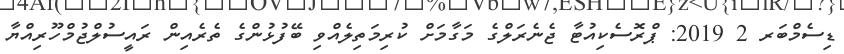
ޑިސެމްބަރ 2 2019: ޕްރޮސެކިއުޓާ ޖެނެރަލްގެ މަގާމަށް ކުރިމަތިލެއްވި ބޭފުޅުންގެ ތެރެއިން ރައީސުލްޖުމްހޫރިއްޔާ